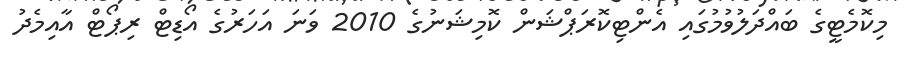
މިކޮމެޓީގެ ބައްދަލުވުމުގައި އެންޓިކޮރަޕްޝަން ކޮމިޝަނުގެ 2010 ވަނަ އަހަރުގެ އޯޑިޓް ރިޕޯޓް އާއިމެދު